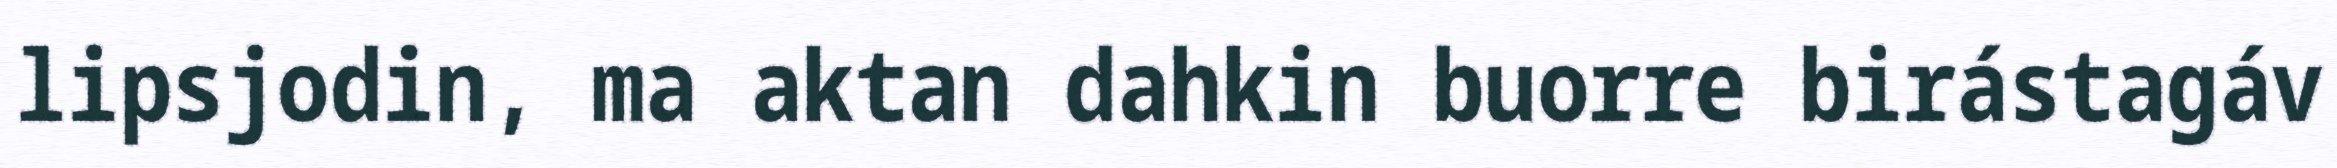
lipsjodin, ma aktan dahkin buorre birástagáv